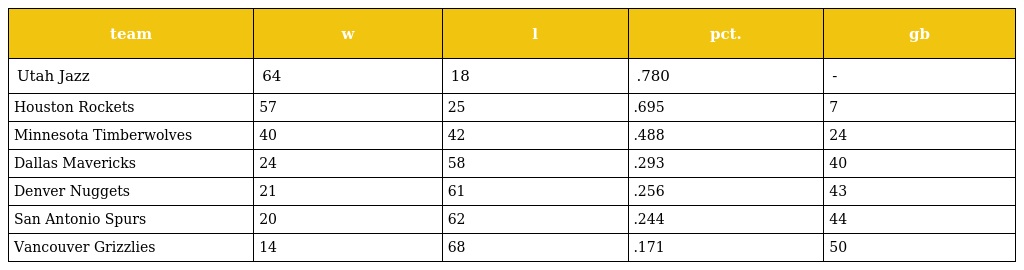
| team | w | l | pct. | gb |
 | --- | --- | --- | --- | --- |
 | Utah Jazz | 64 | 18 | .780 | - |
 | Houston Rockets | 57 | 25 | .695 | 7 |
 | Minnesota Timberwolves | 40 | 42 | .488 | 24 |
 | Dallas Mavericks | 24 | 58 | .293 | 40 |
 | Denver Nuggets | 21 | 61 | .256 | 43 |
 | San Antonio Spurs | 20 | 62 | .244 | 44 |
 | Vancouver Grizzlies | 14 | 68 | .171 | 50 |